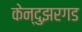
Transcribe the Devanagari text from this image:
केन्दुझरगड